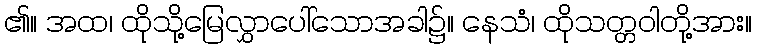
၏။ အထ၊ ထိုသို့မြေလွှာပေါ်သောအခါ၌။ နေသံ၊ ထိုသတ္တဝါတို့အား။